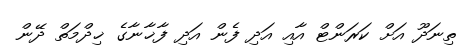
ތިނަދޫ އަށް ކަރަންޓް އާއި އަދި ފެން އަދި ފާޚާނާގެ ޚިދްމަތް ދޭން